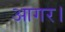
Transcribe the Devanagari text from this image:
आगर।